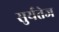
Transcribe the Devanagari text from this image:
सुर्यतेज